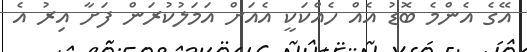
އޭގެ އެންމެ ބޮޑު އެއް ހެއްކަކީ އެއަށް އަމަލުކުރަން ފަށާ އިރު އެ